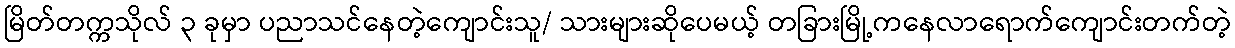
မြိတ်တက္ကသိုလ် ၃ ခုမှာ ပညာသင်နေတဲ့ကျောင်းသူ/ သားများဆိုပေမယ့် တခြားမြို့ကနေလာရောက်ကျောင်းတက်တဲ့